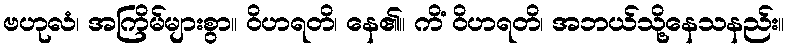
ဗဟုလံ၊ အကြိမ်များစွာ။ ဝိဟရတိ၊ နေ၏။ ကိံ ဝိဟရတိ၊ အဘယ်သို့နေသနည်း။